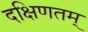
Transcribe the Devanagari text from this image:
दक्षिणतम्